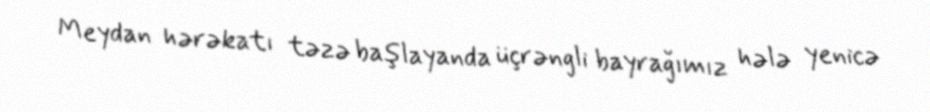
Meydan hərəkatı təzə başlayanda üçrəngli bayrağımız hələ yenicə